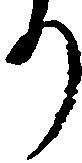
り